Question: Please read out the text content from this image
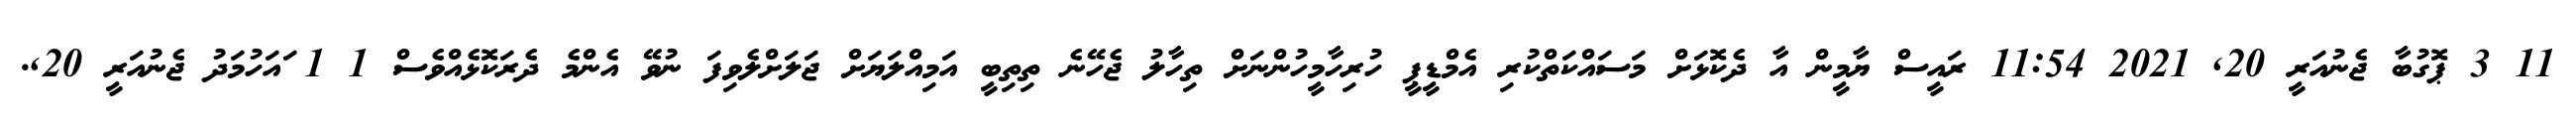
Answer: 11 3 ޕޮގުބާ ޖެނުއަރީ 20, 2021 11:54 ރައީސް ޔާމީން އާ ދެކޮޅަށް މަސައްކަތްކުރި އެމްޑީޕީ ހުރިހާމީހުންނަށް ތިހާލު ޖެހޭނެ ތިތިބީ އަމިއްލަޔަށް ޖަލަށްލެވިފަ ނުވޭ އެންމެ ދެރަކޮޅެއްވެސް 1 1 ައަހުމަދު ޖެނުއަރީ 20,.